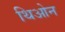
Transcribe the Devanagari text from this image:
थिओन